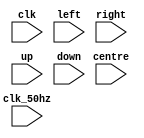
`timescale 1ns / 1ps
//////////////////////////////////////////////////////////////////////////////////
// Company: 
// Engineer: 
// 
// Design Name: 
// Module Name: tap_tap_logic
// Project Name: 
// Target Devices: 
// Tool Versions: 
// Description: 
// 
// Dependencies: 
// 
// Revision:
// Revision 0.01 - File Created
// Additional Comments:
// 
//////////////////////////////////////////////////////////////////////////////////


module tap_tap_logic(
    input clk,
    input clk_50hz,
    input left,
    input centre,
    input right,
    input up,
    input down
    );
    
    
endmodule